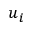
u _ { i }